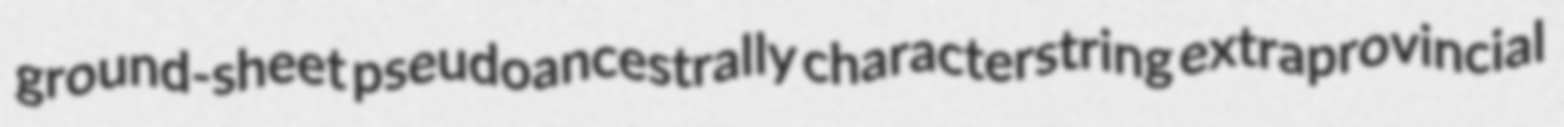
ground-sheet pseudoancestrally characterstring extraprovincial